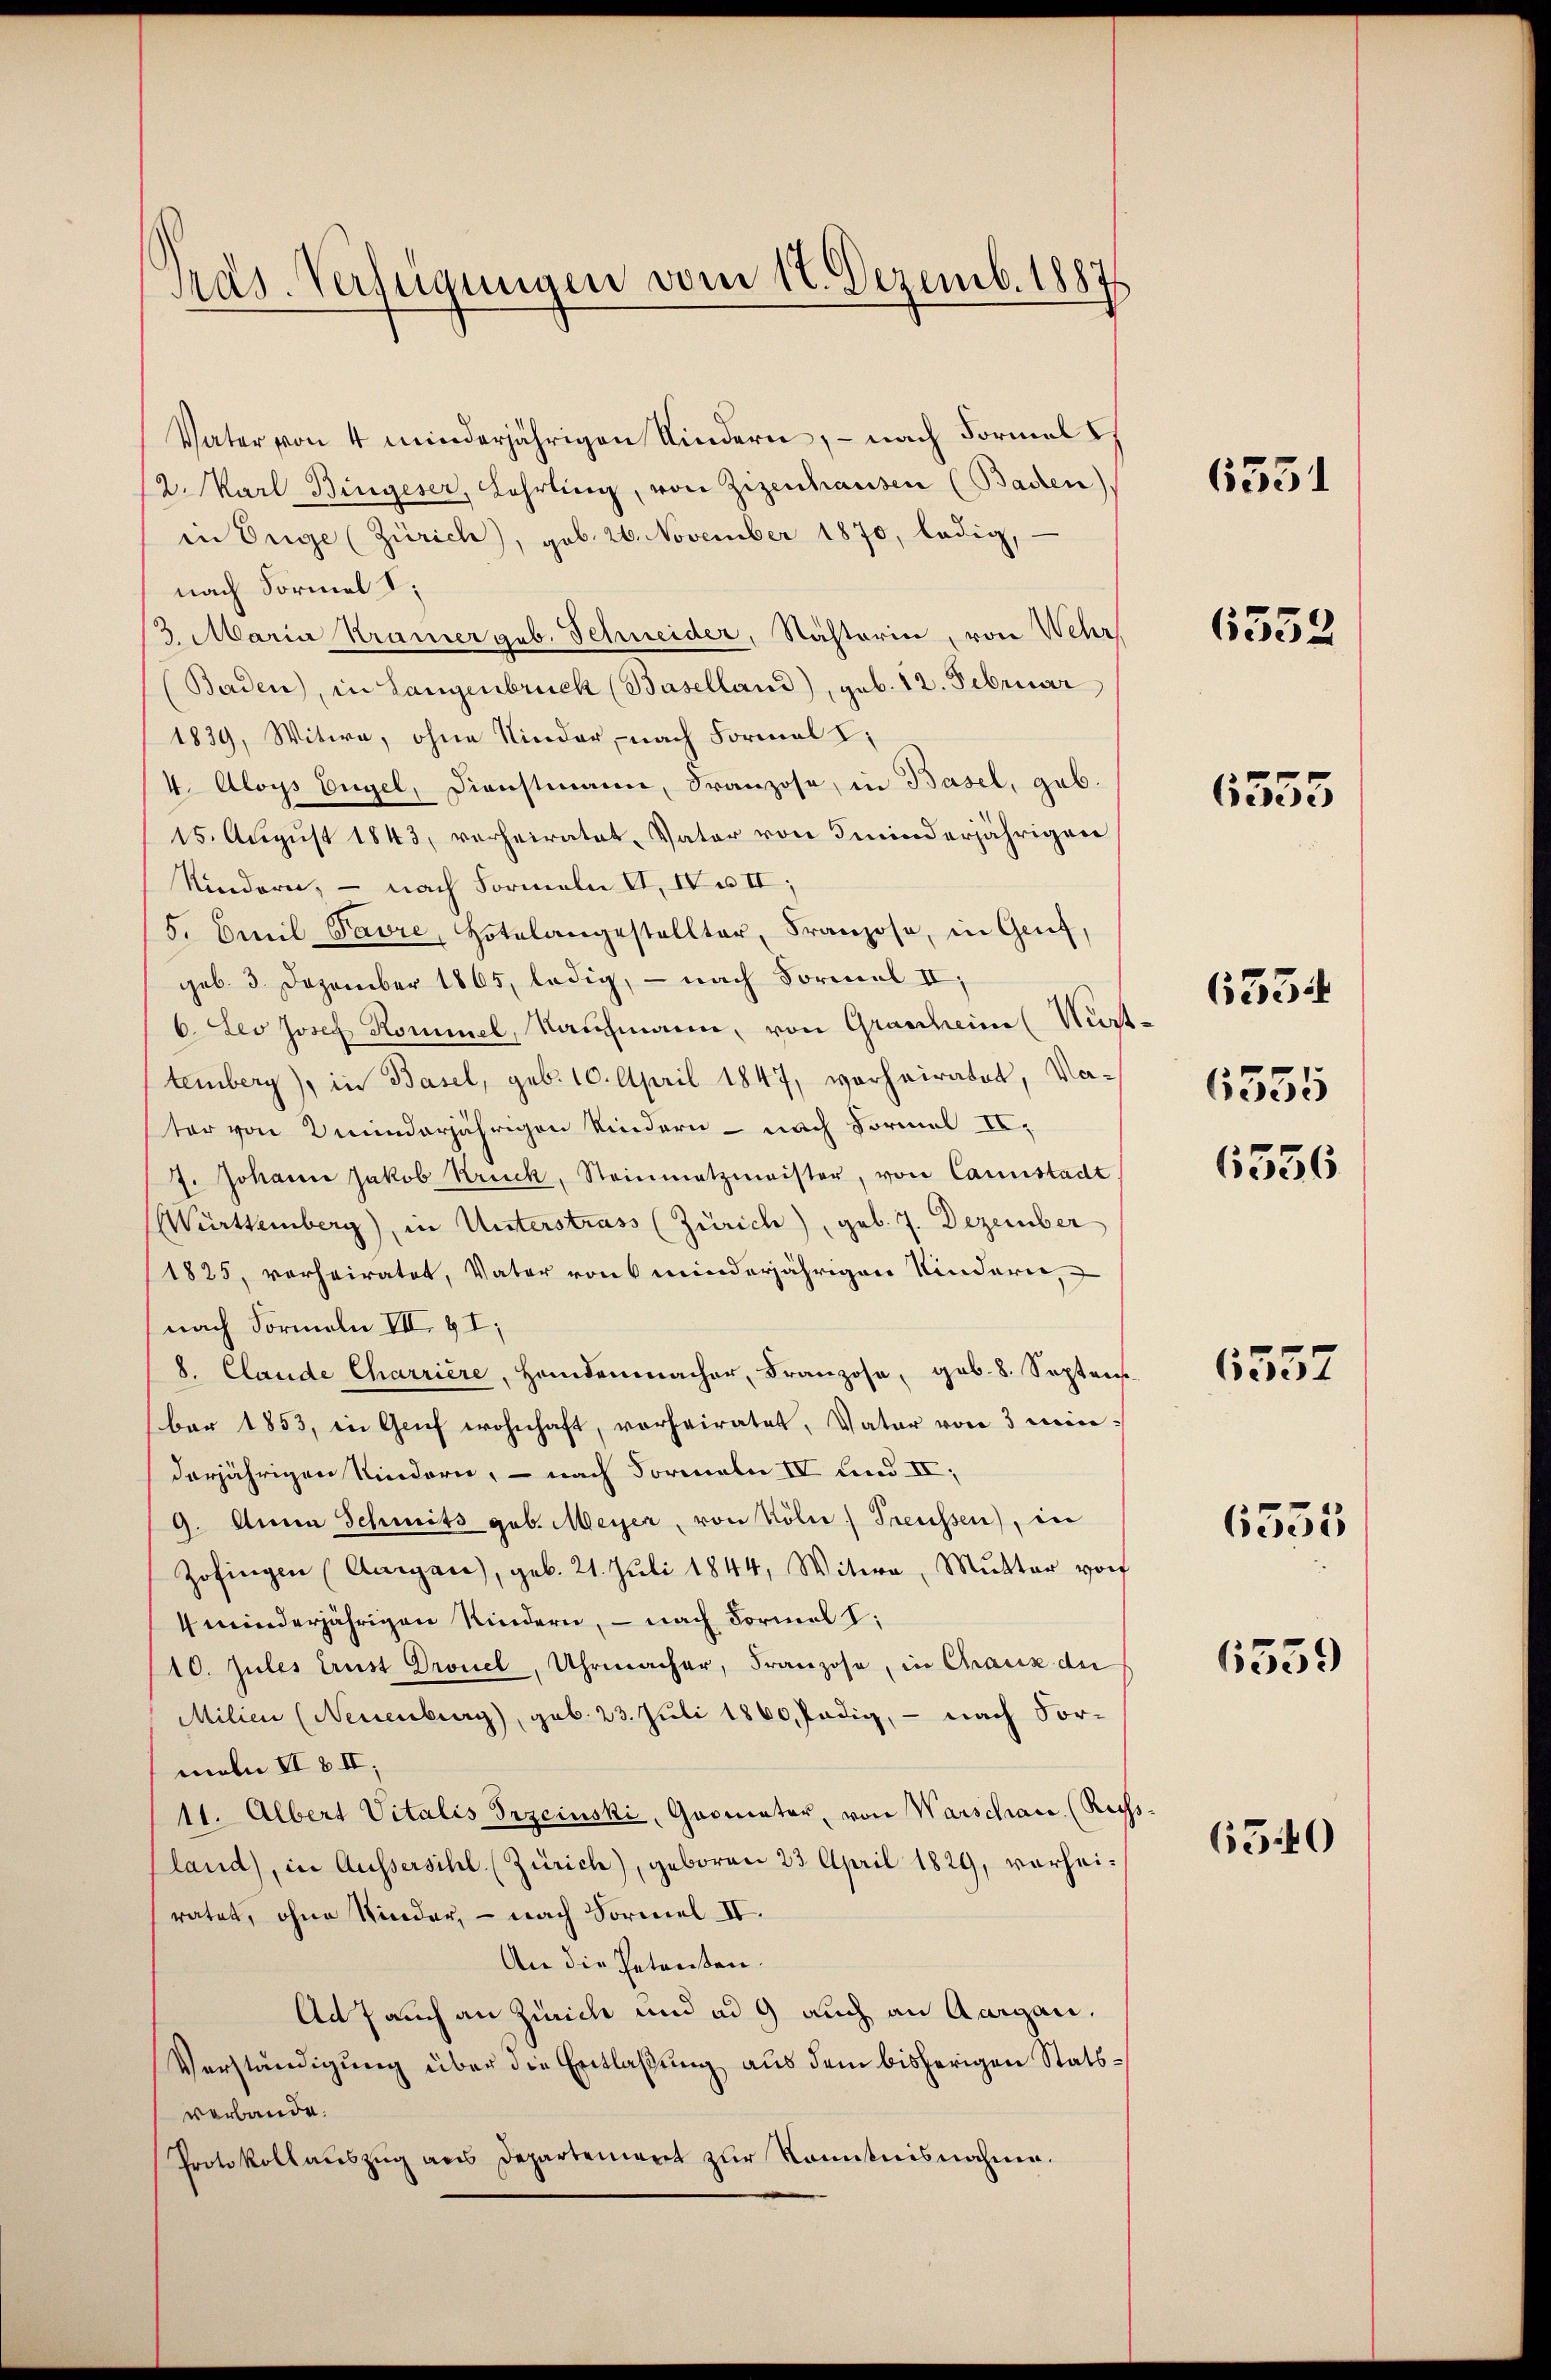
Präs. Verfügungen vom 17. Dezemb. 1887

Vater von 4 minderjährigen Kindern, – nach Formal I.
2. Karl Bingeser, Lehrling, von Zizenhausen (Baden)
in Orige (Zürich), geb. 26. November 1870, ledig,
nach Formel I.
13. Maria Kramer geb. Schneider, Kästerin, von Wehr
Baden, in Langenbruck (Baselland), geb. 12. Februar
1839, Witwe, ohne Nieder, - nach Formal I
4. Aloys Engel, Dienstmann, Franzose, in Basel, gab.
15. August 1843, verheiratet, Vater von minderjährigen
Kindern, — nach Formeln II. IV u. II,
5. Emil Favre, Hotelangestellter, Franzose, in Genf,
geb. 3 Dezember 1865, ledig, — nach Formel II,
6. Leo Josef Kommel, Kaufmann, von Granheim Würt
temberg), in Basel, geb. 10. April 1847, vorheiratet, Vater von minderjährigen Kindern - nach Formel II.
7. Johann Jakob Krück, Steinmetzmeister, von Cannstadt.
Württemberg), in Unterstrass (Zürich), geb. 7. Dezember
1825, verheiratet, Vater von minderjährigen Kindern,
nach Formeln VII. 9I;
8. Claude Charrière, Handenmacher, Franzose, geb. 8. Septens
ber 1853, in Geif wohnhaft, vorheiratet, Vater von 3 minderjährigen Kindern, – nach Formeln IV und II,
9. Anna Schmits geb. Meyer, von Kölie) Treussen), in
Zofingen (Aargau), geb. 21. Juli 1844, Witwe, Mŭtter vor
4 minderjährigen Kindern, – nach Formal I:
10. Jules Ernst Dronel, Uhrmacher, Franzose, in Chaux der
Milien (Neuenburg), geb. 23. Juli 1860, Pädig, - nach For-
meln II 8 II,
11. Albert Vitalis Przeinski, Gromater, von Warschan. (Re
land), in Aussersihl. (Zürich), geboren 23. April 1829, verheiratet, ohne Kinder, – nach Sormel IV.
An die Petenten.
Ad Jauch an Zürich und ad 9 auch an Aargau.
Verständigung über die Entlassung aus dem bisherigen Statsverbande.
Protokollauszug aus Departement zur Kenntnisnahme.

3

6351

6552

6555

“
6355
6556

6354

6557

6555

6539

6540